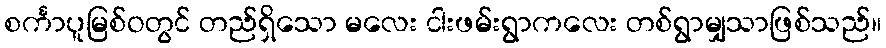
စင်္ကာပူမြစ်ဝတွင် တည်ရှိသော မလေး ငါးဖမ်းရွာကလေး တစ်ရွာမျှသာဖြစ်သည်။